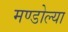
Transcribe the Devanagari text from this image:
मण्डोल्या